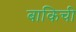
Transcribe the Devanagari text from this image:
बाकिची